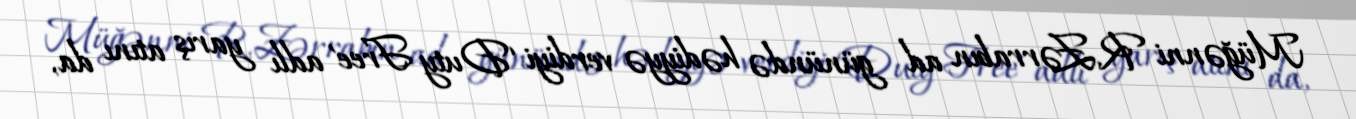
Müğənni R.Zərrabın ad günündə hədiyyə verdiyi ‘Duty Free’ adlı yarış atını da,